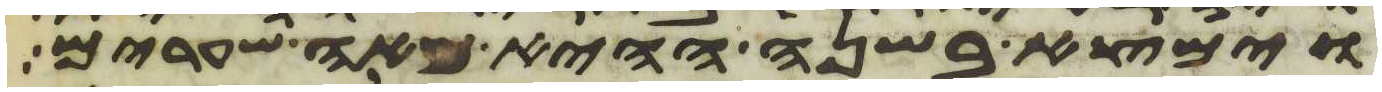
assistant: וימצא בשנה ההיא מאה שערים